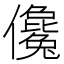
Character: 儳